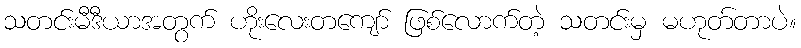
သတင်းမီဒီယာအတွက် ဟိုးလေးတကျော် ဖြစ်လောက်တဲ့ သတင်းမှ မဟုတ်တာပဲ။